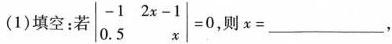
(1)填空：若 $$\begin{matrix}-1 \quad 2x-1 \\ 0.5 \quad x \\ \end{matrix} = 0$$ 则x=_____，